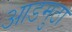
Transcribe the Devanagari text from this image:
आडमुठा